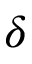
\delta